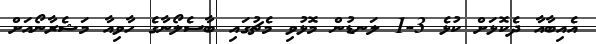
އެއިބާއާ ދެކޮޅަށް ކުޅެ 3-1 ލަނޑުން މޮޅުވި މެޗުގައި ބާސެލޯނާގެ ހާވިއާ މަޝެރާނޯއަށް